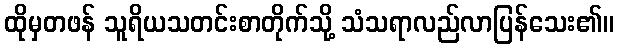
ထိုမှတဖန် သူရိယသတင်းစာတိုက်သို့ သံသရာလည်လာပြန်သေး၏။